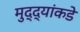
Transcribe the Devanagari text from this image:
मुद्‍द्यांकडे